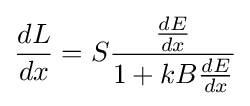
{\frac {dL}{dx}}=S{\frac {\frac {dE}{dx}}{1+kB{\frac {dE}{dx}}}}